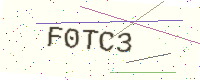
Text: F0TC3